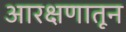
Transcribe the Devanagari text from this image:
आरक्षणातून